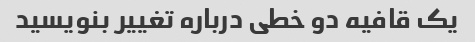
یک قافیه دو خطی درباره تغییر بنویسید